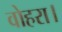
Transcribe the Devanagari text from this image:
वोहरा।